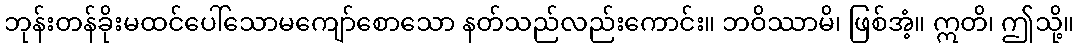
ဘုန်းတန်ခိုးမထင်ပေါ်သောမကျော်စောသော နတ်သည်လည်းကောင်း။ ဘဝိဿာမိ၊ ဖြစ်အံ့။ ဣတိ၊ ဤသို့။